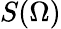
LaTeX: S(\Omega)